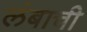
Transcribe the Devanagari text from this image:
लंबाची